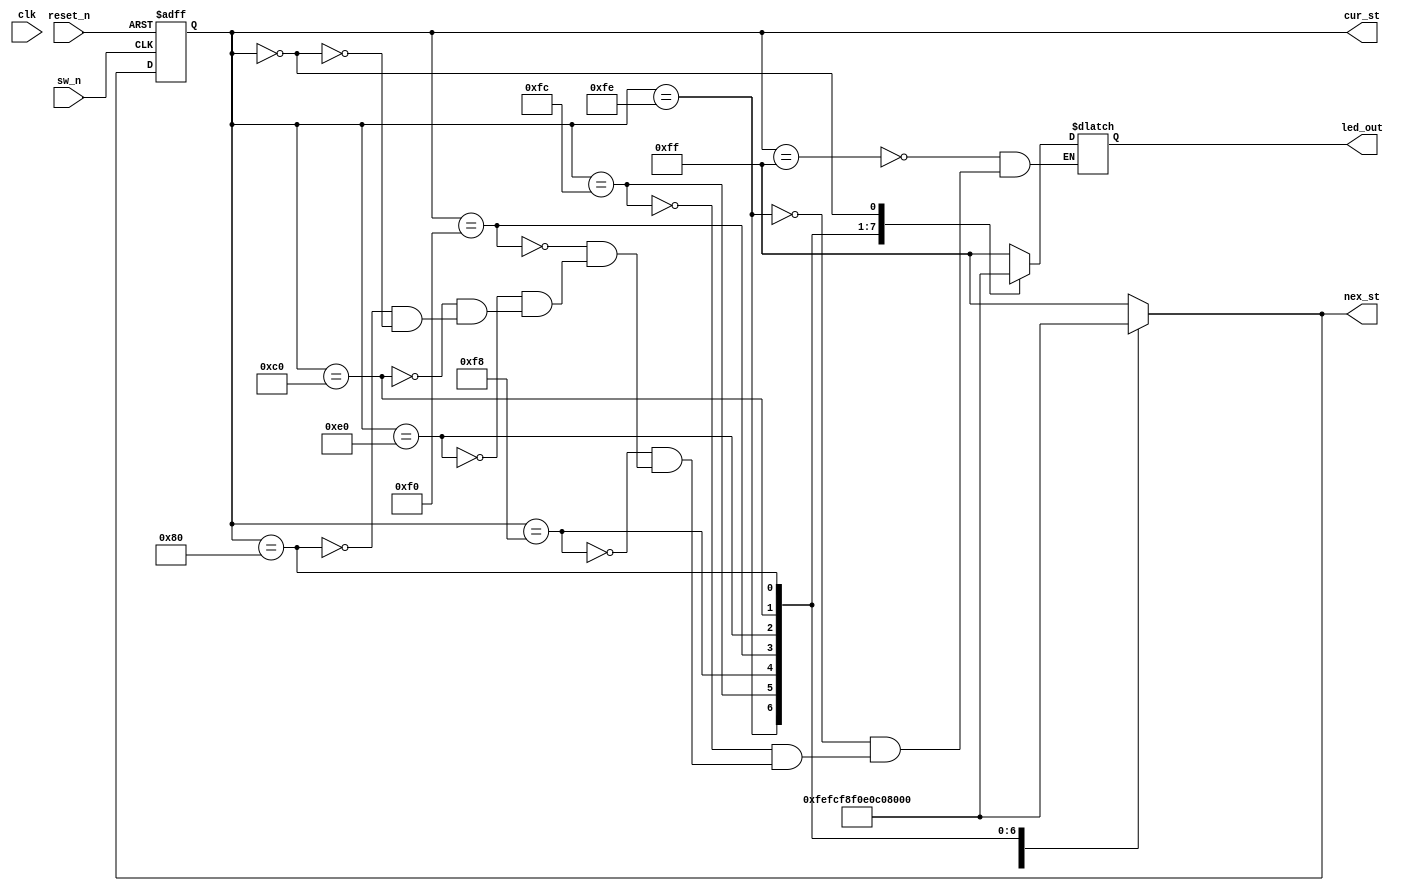
module led_counter_starter_kit(
output reg [7:0] led_out,
input sw_n,
input reset_n,
input clk,
output [7:0] cur_st,
output [7:0] nex_st
);

reg [7:0] current_state;
reg [7:0] next_state;

parameter S0 = 8'hFF;
parameter S1 = 8'hFE;
parameter S2 = 8'hFC;
parameter S3 = 8'hF8;
parameter S4 = 8'hF0;
parameter S5 = 8'hE0;
parameter S6 = 8'hC0;
parameter S7 = 8'h80;
parameter S8 = 8'h00;
		  
always @(negedge sw_n, negedge reset_n)	begin
	if (~reset_n)
		current_state <= S0;
	else
		current_state <= next_state;
end // always @(posedge clk)

always @(sw_n, current_state) begin
	case (current_state)
		S0: begin 
			next_state = S1;
			led_out = S0;
			end

		S1: begin 
			next_state = S2;
			led_out = S1;
			end

		S2: begin 
			next_state = S3;
			led_out = S2;
			end

		S3: begin 
			next_state = S4;
			led_out = S3;
			end

		S4: begin 
			next_state = S5;
			led_out = S4;
			end

		S5: begin 
			next_state = S6;
			led_out = S5;
			end

		S6: begin 
			next_state = S7;
			led_out = S6;
			end

		S7: begin 
			next_state = S8;
			led_out = S7;
			end

		S8: begin 
			next_state = S0;
			led_out = S8;
			end

		default: next_state = S0;

		endcase // current_state
	end

assign cur_st	= current_state	;
assign nex_st	= next_state	;



/*always @(posedge clk)	begin
	if (~reset_n)
		led_out <= S0;
	else begin
		case (current_state)
			S0: led_out <= S1;
			S1: led_out <= S2;
			S2: led_out <= S3;
			S3: led_out <= S4;
			S4: led_out <= S5;
			S5: led_out <= S6;
			S6: led_out <= S7;
			S7: led_out <= S0;
		endcase // case(current_state)
	end 

end // always @(posedge  clk)*/


endmodule